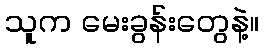
သူက မေးခွန်းတွေနဲ့။